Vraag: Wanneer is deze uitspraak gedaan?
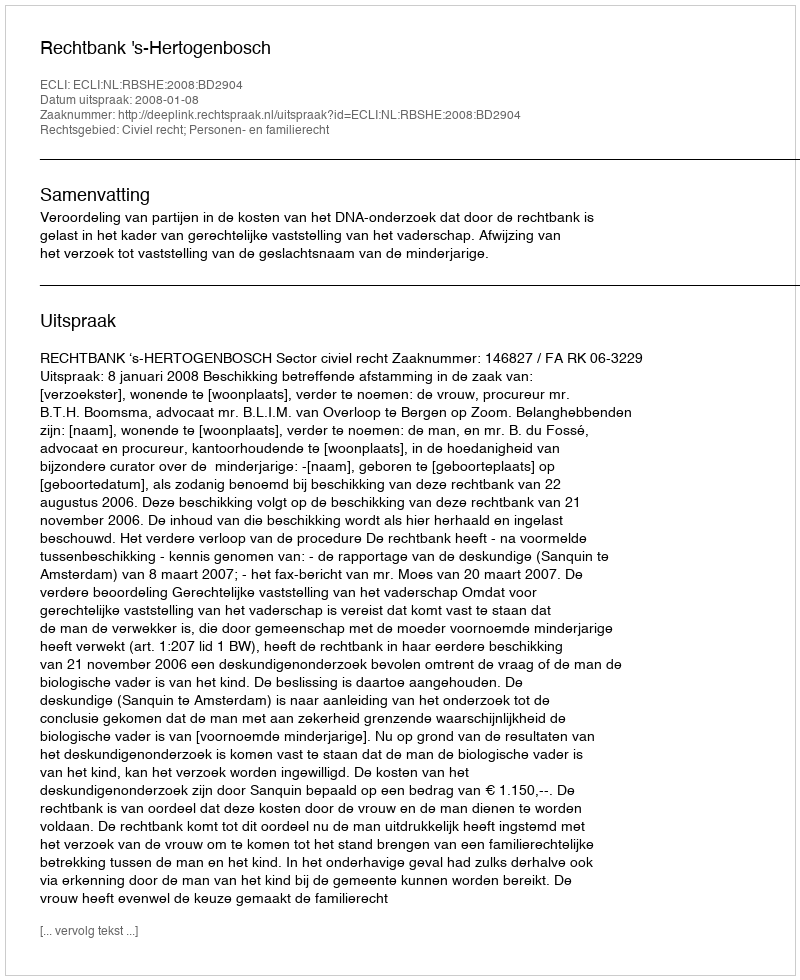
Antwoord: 2008-01-08